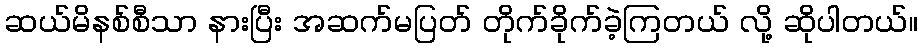
ဆယ်မိနစ်စီသာ နားပြီး အဆက်မပြတ် တိုက်ခိုက်ခဲ့ကြတယ် လို့ ဆိုပါတယ်။